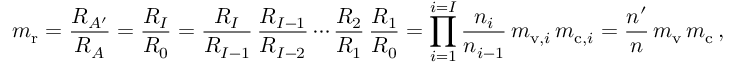
m _ { \mathrm { r } } = { \frac { R _ { A ^ { \prime } } } { R _ { A } } } = { \frac { R _ { I } } { R _ { 0 } } } = { \frac { R _ { I } } { R _ { I - 1 } } } \, { \frac { R _ { I - 1 } } { R _ { I - 2 } } } \cdots { \frac { R _ { 2 } } { R _ { 1 } } } \, { \frac { R _ { 1 } } { R _ { 0 } } } = \prod _ { i = 1 } ^ { i = I } { \frac { n _ { i } } { n _ { i - 1 } } } \, m _ { \mathrm { v } , i } \, m _ { \mathrm { c } , i } = { \frac { n ^ { \prime } } { n } } \, m _ { \mathrm { v } } \, m _ { \mathrm { c } } \, ,